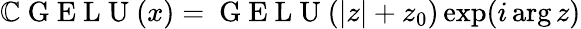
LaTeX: \mathbb{C}\mathrm{~G~E~L~U~}(x)=\mathrm{~G~E~L~U~}(|z|+z_{0})\exp(i\arg{z})